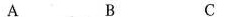
A B C